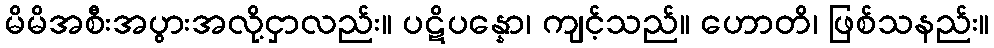
မိမိအစီးအပွားအလို့ငှာလည်း။ ပဋိပန္နော၊ ကျင့်သည်။ ဟောတိ၊ ဖြစ်သနည်း။